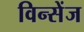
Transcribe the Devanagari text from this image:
विन्सेंज